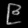
Digit: ၉